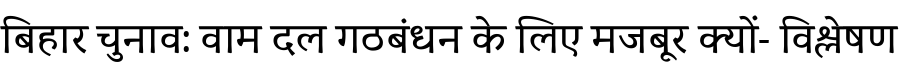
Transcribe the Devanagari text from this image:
बिहार चुनाव: वाम दल गठबंधन के लिए मजबूर क्यों- विश्लेषण